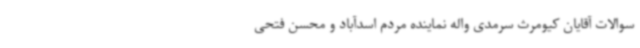
سوالات آقایان کیومرث سرمدی واله نماینده مردم اسدآباد و محسن فتحی